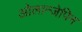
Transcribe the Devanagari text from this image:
ओलान्जेपिन